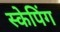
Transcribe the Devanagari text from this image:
स्केपिंग